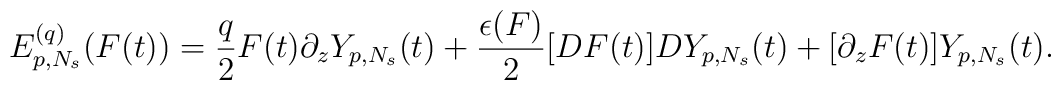
E_{p,N_s}^{(q)}(F(t))=\frac{q}{2}F(t)\partial_zY_{p,N_s}(t)+\frac{\epsilon(F)}{2}[D F(t)]DY_{p,N_s}(t)+[\partial_zF(t)]Y_{p,N_s}(t).